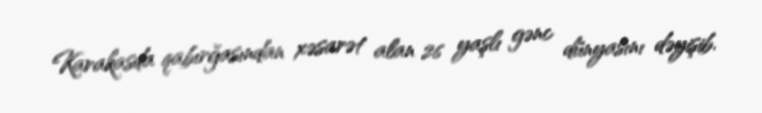
Karakasda qabırğasından xəsarət alan 26 yaşlı gənc dünyasını dəyişib.